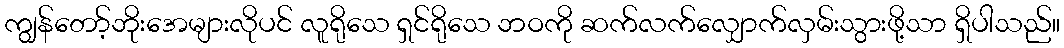
ကျွန်တော့်ဘိုးအေများလိုပင် လူရိုသေ ရှင်ရိုသေ ဘဝကို ဆက်လက်လျှောက်လှမ်းသွားဖို့သာ ရှိပါသည်။